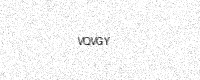
Text: VQVGY